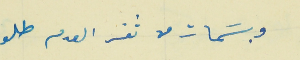
وبسَمات من ثغر العدم طلو